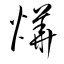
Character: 燁